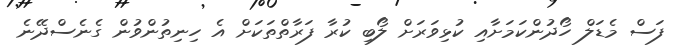
ފަސް މެޑަލް ހޯދުންކަމަށާއި ކުޅިވަރަށް ލޯބި ކުރާ ފަރާތްތަކަށް އެ ހިނިތުންވުން ގެނެސްދޭނެ